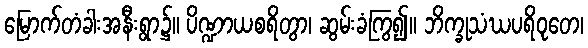
မြောက်တံခါးအနီးရွာ၌။ ပိဏ္ဍာယစရိတွာ၊ ဆွမ်းခံကြွ၍။ ဘိက္ခုသံဃပရိဝုတေ၊